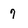
Character: 7